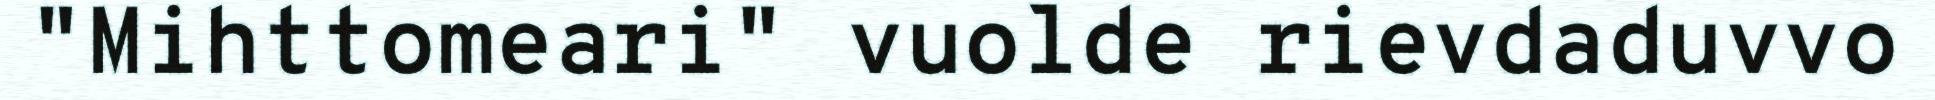
"Mihttomeari" vuolde rievdaduvvo